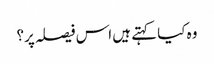
وہ کیا کہتے ہیں اس فیصلہ پر؟